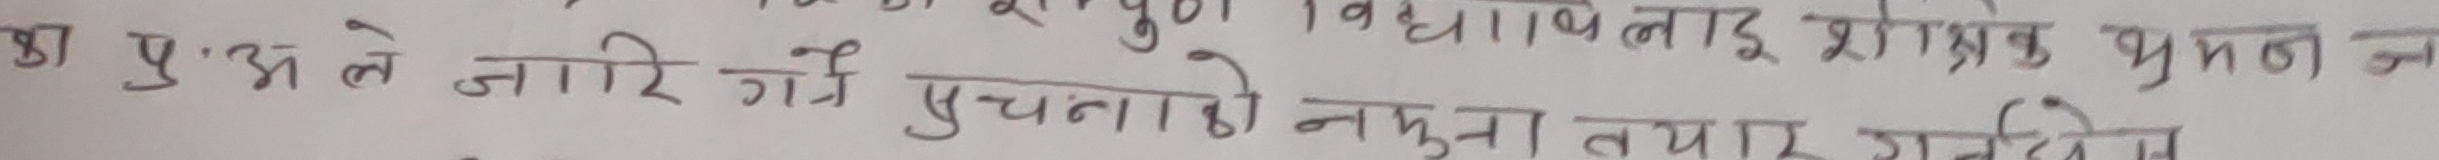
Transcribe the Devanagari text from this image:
प्र.अ ले जारि गर्ने सुचनाको नमुना तयार गरिदिनुहोस्